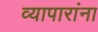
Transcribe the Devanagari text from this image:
व्यापारांना